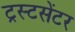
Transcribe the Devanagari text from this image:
ट्रस्टसेंटर